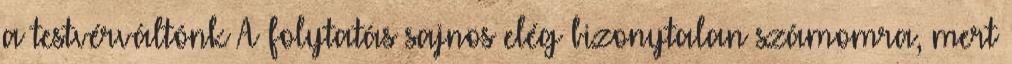
a testvérváltónk A folytatás sajnos elég bizonytalan számomra, mert